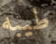
طيبه